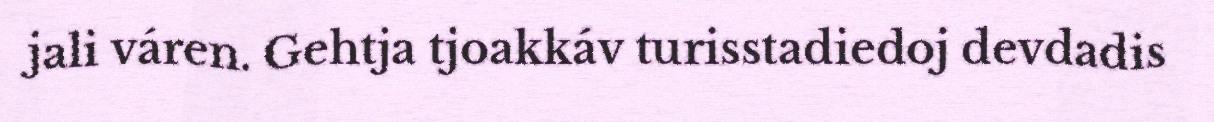
jali váren. Gehtja tjoakkáv turisstadiedoj devdadis